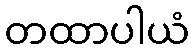
တထာပါယံ